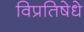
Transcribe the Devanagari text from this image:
विप्रतिषेधे